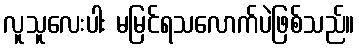
လူသူလေးပါး မမြင်ရသလောက်ပဲဖြစ်သည်။